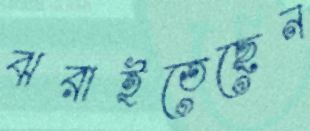
ঝরাইতেছেন